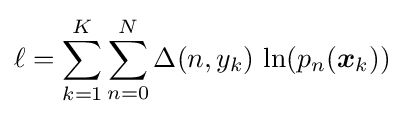
\ell =\sum _{k=1}^{K}\sum _{n=0}^{N}\Delta (n,y_{k})\,\ln(p_{n}({\boldsymbol {x}}_{k}))